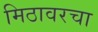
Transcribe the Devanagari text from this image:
मिठावरचा